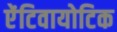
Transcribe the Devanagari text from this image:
ऐंटिवायोटिक